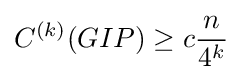
C^{(k)}(GIP)\geq c{n \over 4^{k}}